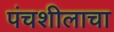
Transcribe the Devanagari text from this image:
पंचशीलाचा